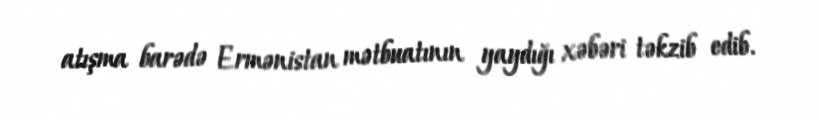
atışma barədə Ermənistan mətbuatının yaydığı xəbəri təkzib edib.